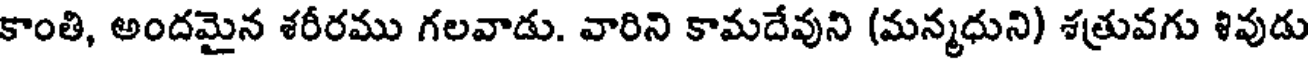
కాంతి, అందమైన శరీరము గలవాడు. వారిని కామదేవుని (మన్మధుని) శత్రువగు శివుడు